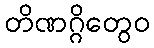
တိဏဂ္ဂိတွေဝ